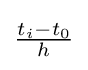
{\textstyle {\frac {t_{i}-t_{0}}{h}}}